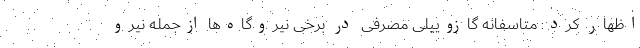
اظهار کرد: متاسفانه گازوییلی مصرفی در برخی نیروگاه‌ها ازجمله نیرو